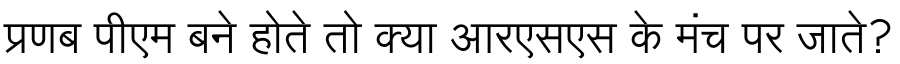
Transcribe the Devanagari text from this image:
प्रणब पीएम बने होते तो क्या आरएसएस के मंच पर जाते?